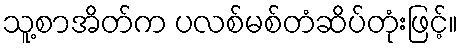
သူ့စာအိတ်က ပလစ်မစ်တံဆိပ်တုံးဖြင့်။